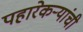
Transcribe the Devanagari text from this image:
पहारेकऱ्यांची